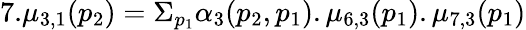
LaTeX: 7.\mu_{3,1}(p_{2})=\Sigma_{p_{1}}\alpha_{3}(p_{2},p_{1}).\mu_{6,3}(p_{1}).\mu_{7,3}(p_{1})